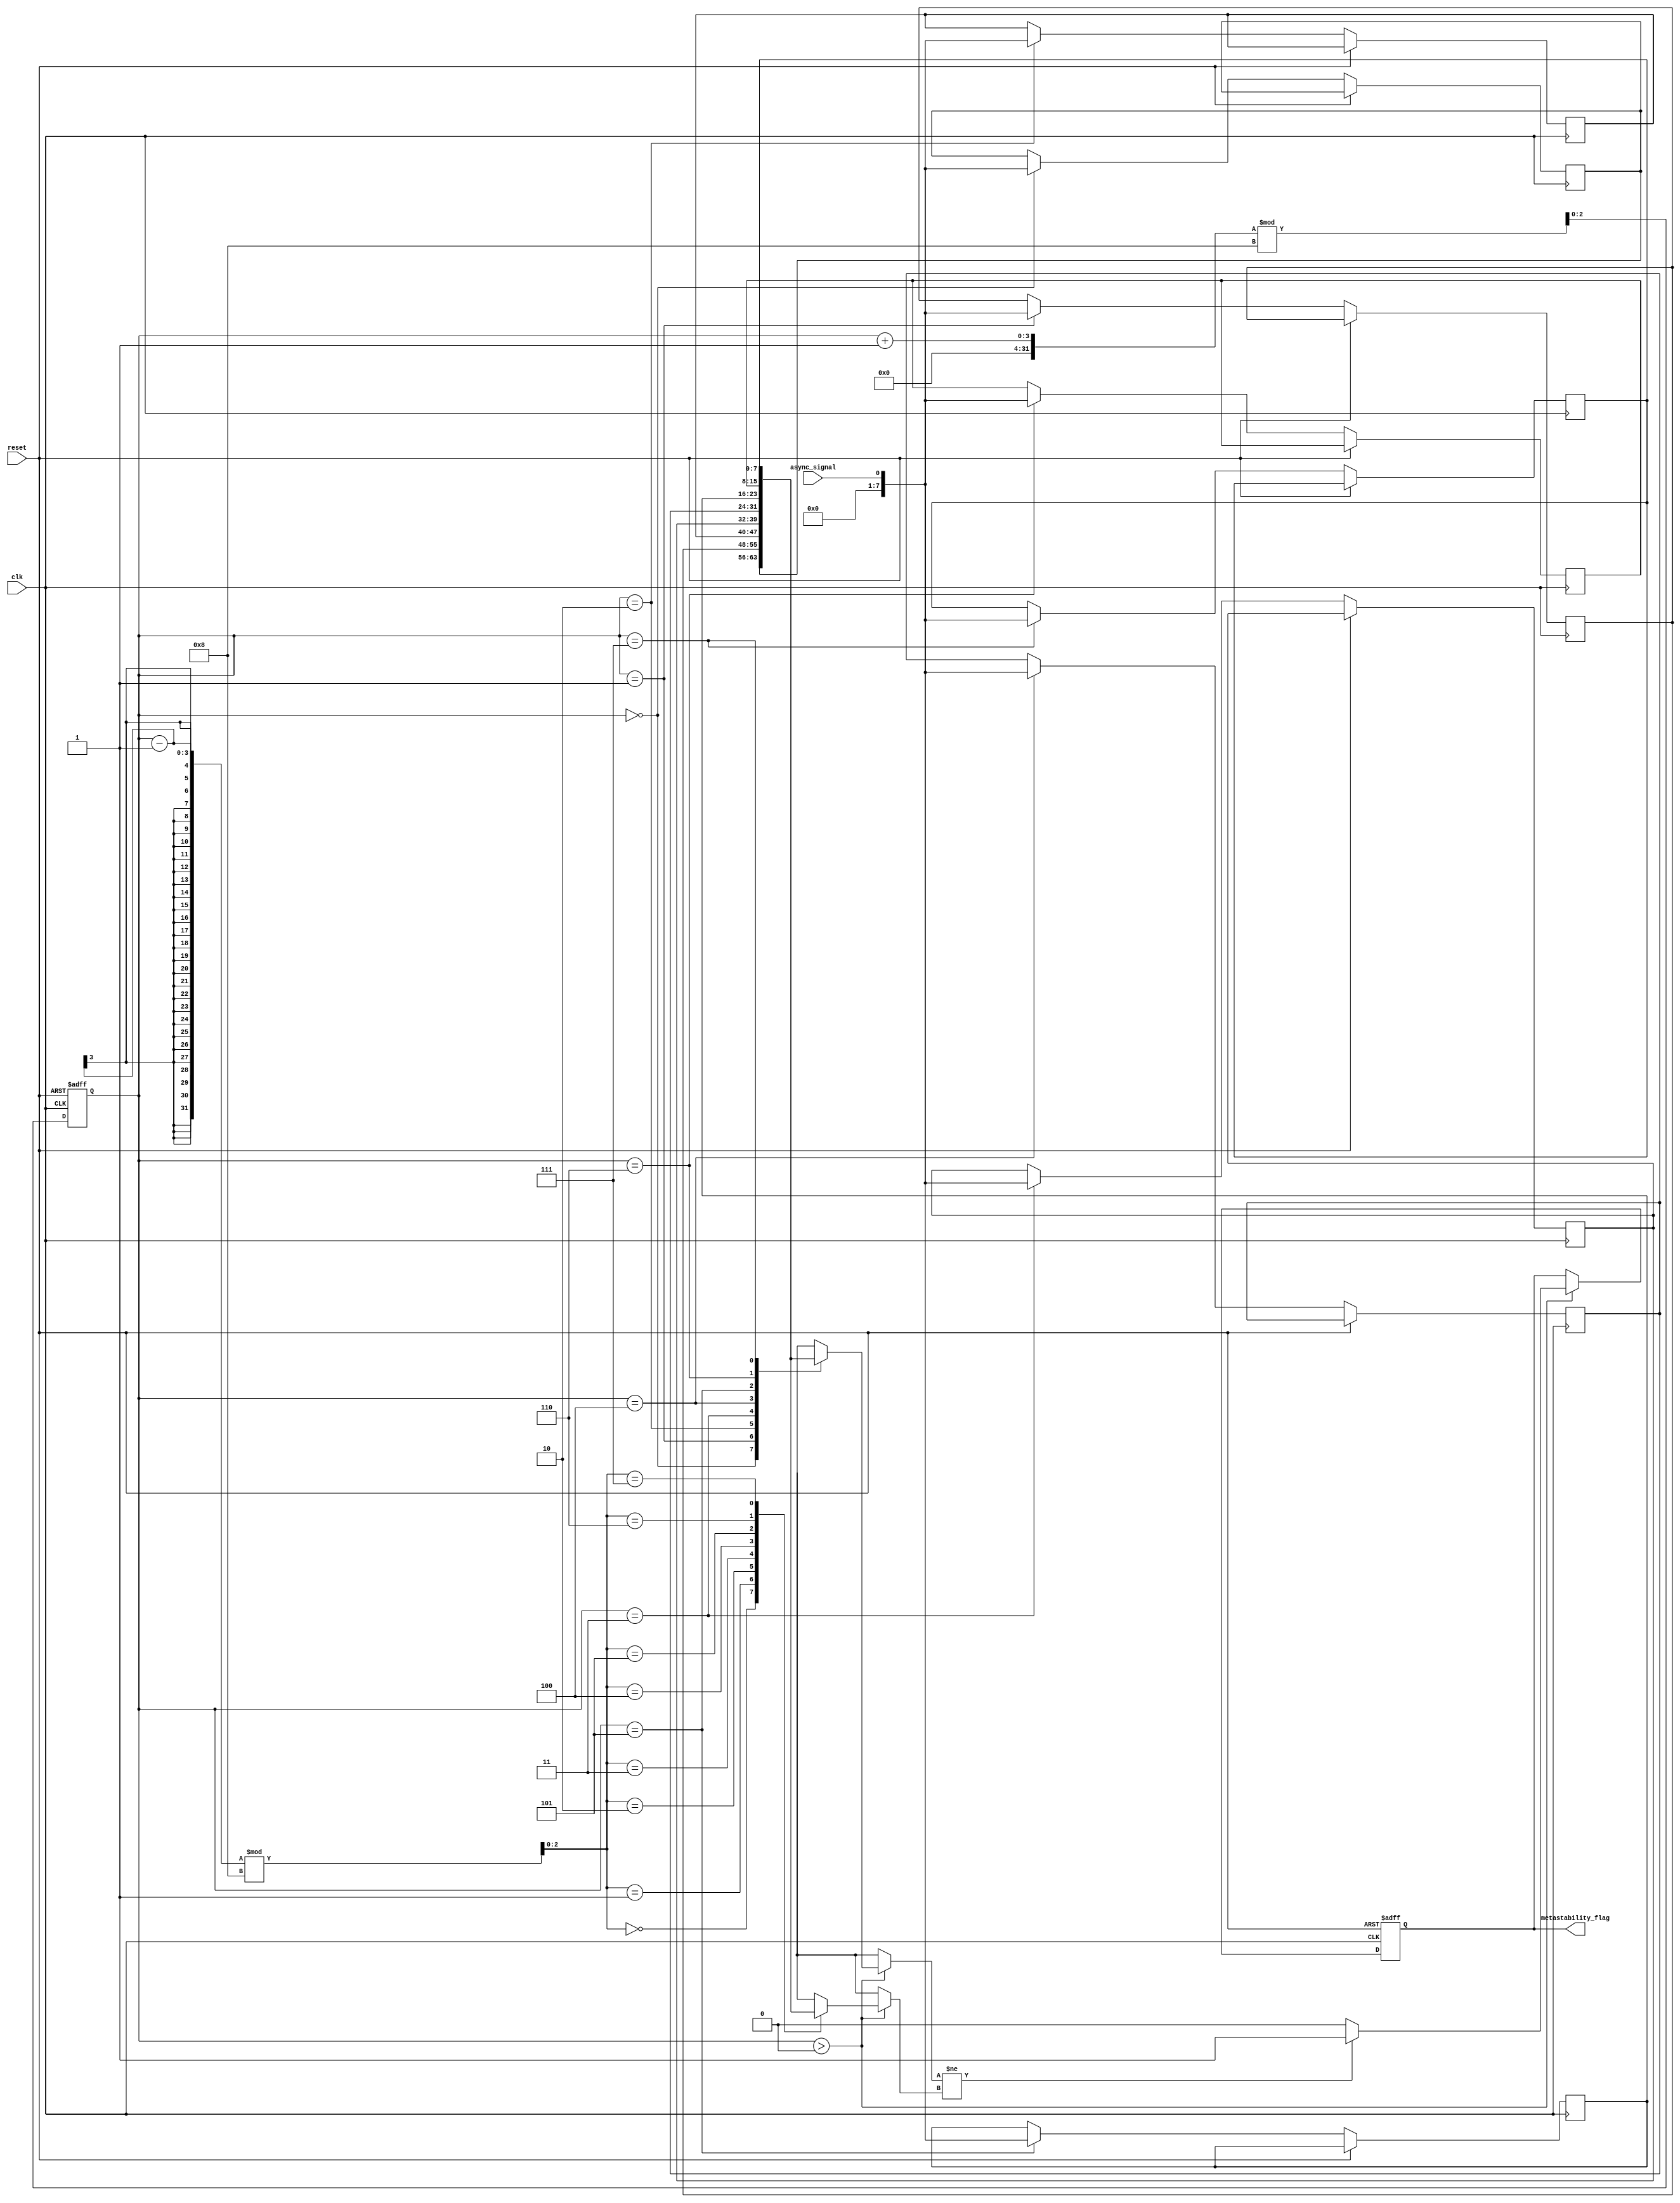
module metastability_detector (
    input wire clk,               // Sampling clock
    input wire async_signal,      // Input signal to be monitored
    input wire reset,             // Reset signal
    output reg metastability_flag  // Metastability indicator
);

    // Parameters
    parameter NUM_SAMPLES = 8;   // Number of samples to store
    parameter RANDOM_SAMPLE_WIDTH = 3; // Width for random sampling (log2(NUM_SAMPLES))

    // Memory block to store samples
    reg [NUM_SAMPLES-1:0] samples [0:NUM_SAMPLES-1];
    reg [RANDOM_SAMPLE_WIDTH-1:0] sample_index; // Current sample index
    reg [RANDOM_SAMPLE_WIDTH-1:0] random_sample; // Random sample index

    // Random number generator for sampling
    reg [RANDOM_SAMPLE_WIDTH-1:0] random_seed;

    // Metastability detection logic
    always @(posedge clk or posedge reset) begin
        if (reset) begin
            metastability_flag <= 1'b0;
            sample_index <= 0;
            random_seed <= 0;
        end else begin
            // Generate a pseudo-random sample index
            random_seed <= {random_seed[RANDOM_SAMPLE_WIDTH-2:0], 
                            random_seed[RANDOM_SAMPLE_WIDTH-1] ^ random_seed[RANDOM_SAMPLE_WIDTH-2]};
            random_sample <= random_seed % NUM_SAMPLES;

            // Sample the input signal at the random index
            samples[sample_index] <= async_signal;

            // Increment the sample index
            sample_index <= (sample_index + 1) % NUM_SAMPLES;

            // Compare the last two samples for metastability detection
            if (sample_index > 0) begin
                if (samples[sample_index] != samples[(sample_index - 1) % NUM_SAMPLES]) begin
                    metastability_flag <= 1'b1; // Metastability detected
                end else begin
                    metastability_flag <= 1'b0; // No metastability
                end
            end
        end
    end

endmodule